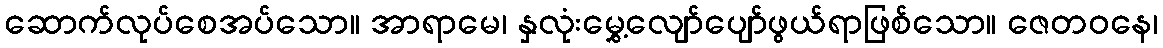
ဆောက်လုပ်စေအပ်သော။ အာရာမေ၊ နှလုံးမွှေ့လျော်ပျော်ဖွယ်ရာဖြစ်သော။ ဇေတဝနေ၊